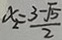
x _ { 2 } = \frac { 3 - \sqrt { 5 } } { 2 }